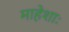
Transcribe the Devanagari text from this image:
माहेशाः